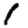
Digit: 1